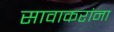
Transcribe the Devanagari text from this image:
सावाकरांना